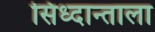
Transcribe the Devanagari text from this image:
सिध्दान्ताला